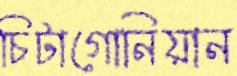
চিটাগোনিয়ান